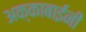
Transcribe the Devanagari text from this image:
अक्काबाईंनी